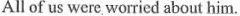
All of us were worried about him.